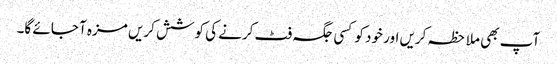
آپ بھی ملاحظہ کریں اور خود کو کسی جگہ فٹ کرنے کی کوشش کریں مزہ آ جائے گا۔